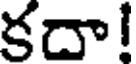
కదా!